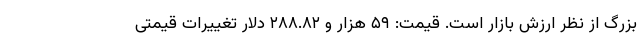
بزرگ از نظر ارزش بازار است. قیمت: ۵۹ هزار و ۲۸۸.۸۲ دلار تغییرات قیمتی